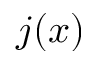
j ( x )